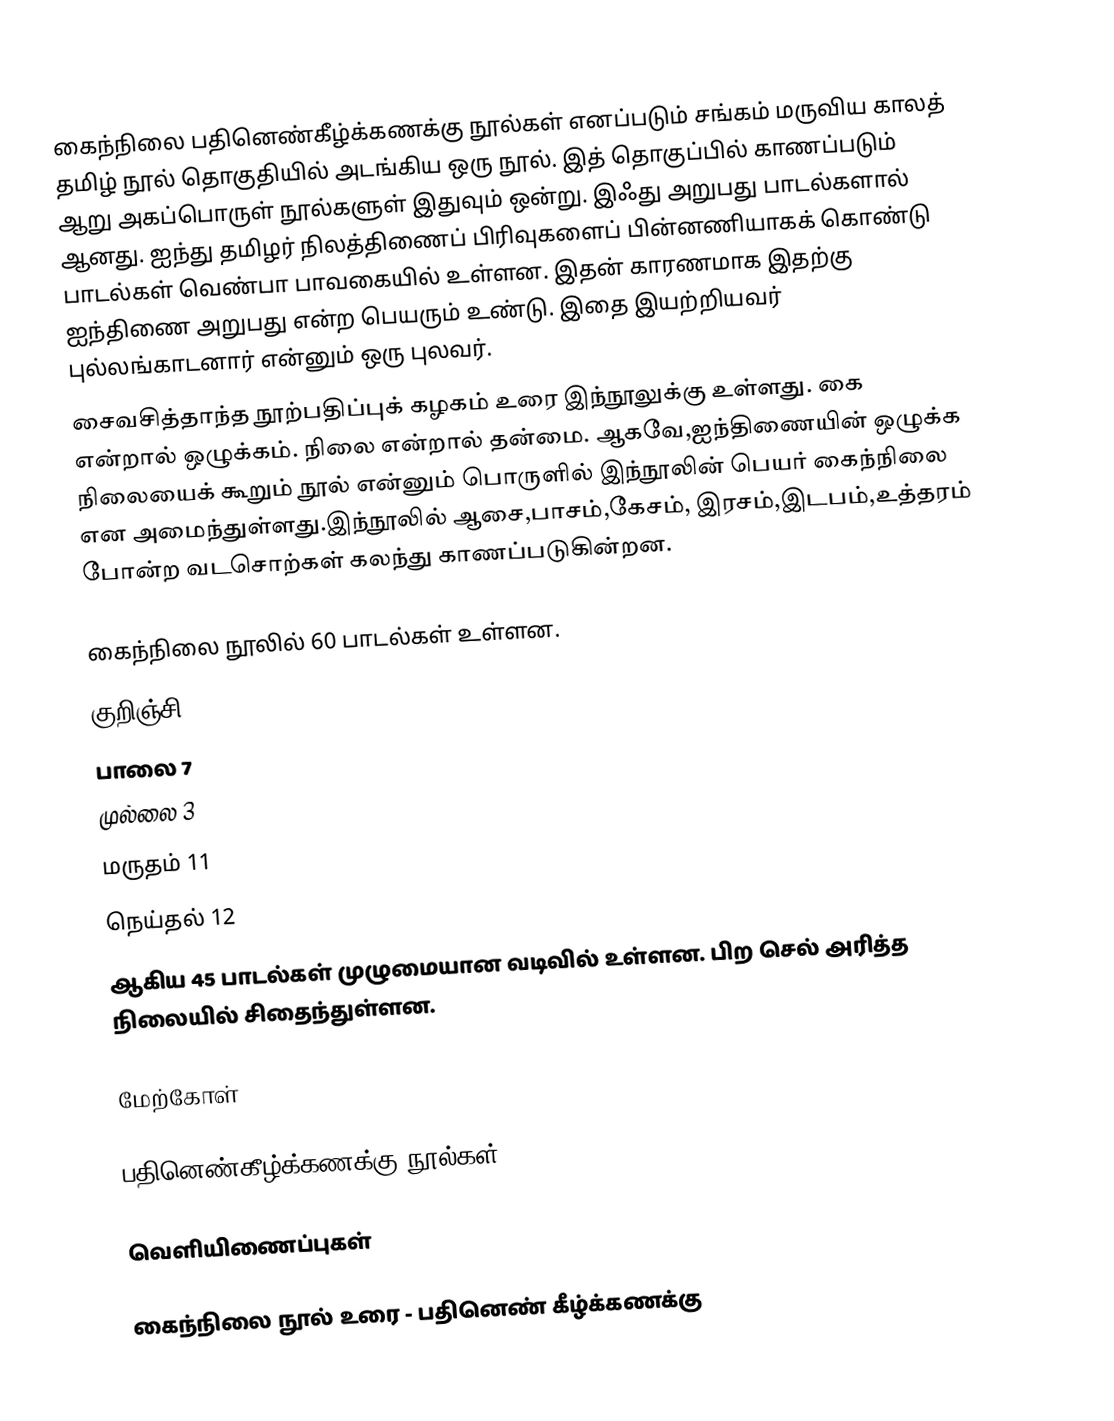
கைந்நிலை பதினெண்கீழ்க்கணக்கு நூல்கள் எனப்படும் சங்கம் மருவிய காலத் தமிழ் நூல் தொகுதியில் அடங்கிய ஒரு நூல். இத் தொகுப்பில் காணப்படும் ஆறு அகப்பொருள் நூல்களுள் இதுவும் ஒன்று. இஃது அறுபது பாடல்களால் ஆனது. ஐந்து தமிழர் நிலத்திணைப் பிரிவுகளைப் பின்னணியாகக் கொண்டு பாடல்கள் வெண்பா பாவகையில் உள்ளன. இதன் காரணமாக இதற்கு ஐந்திணை அறுபது என்ற பெயரும் உண்டு. இதை இயற்றியவர் புல்லங்காடனார் என்னும் ஒரு புலவர்.
சைவசித்தாந்த நூற்பதிப்புக் கழகம் உரை இந்நூலுக்கு உள்ளது. கை என்றால் ஒழுக்கம்.  நிலை என்றால் தன்மை.  ஆகவே,ஐந்திணையின் ஒழுக்க நிலையைக் கூறும் நூல் என்னும் பொருளில் இந்நூலின் பெயர் கைந்நிலை என அமைந்துள்ளது.இந்நூலில் ஆசை,பாசம்,கேசம், இரசம்,இடபம்,உத்தரம் போன்ற வடசொற்கள் கலந்து காணப்படுகின்றன.

கைந்நிலை நூலில் 60 பாடல்கள் உள்ளன.
குறிஞ்சி 12
பாலை 7
முல்லை 3
மருதம் 11
நெய்தல் 12
ஆகிய 45 பாடல்கள் முழுமையான வடிவில் உள்ளன. பிற செல் அரித்த நிலையில் சிதைந்துள்ளன.

மேற்கோள்

பதினெண்கீழ்க்கணக்கு நூல்கள்

வெளியிணைப்புகள்

 கைந்நிலை நூல் உரை - பதினெண் கீழ்க்கணக்கு